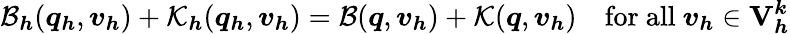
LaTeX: \mathcal{B}_{\boldsymbol{h}}(\boldsymbol{q}_{\boldsymbol{h}},\boldsymbol{v}_{\boldsymbol{h}})+\mathcal{K}_{\boldsymbol{h}}(\boldsymbol{q}_{\boldsymbol{h}},\boldsymbol{v}_{\boldsymbol{h}})=\mathcal{B}(\boldsymbol{q},\boldsymbol{v}_{\boldsymbol{h}})+\mathcal{K}(\boldsymbol{q},\boldsymbol{v}_{\boldsymbol{h}})\quad\mathrm{for~all~}\boldsymbol{v}_{\boldsymbol{h}}\in\mathbf{V}_{\boldsymbol{h}}^{\boldsymbol{k}}